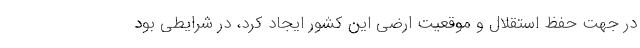
در جهت حفظ استقلال و موقعیت ارضی این کشور ایجاد کرد، در شرایطی بود